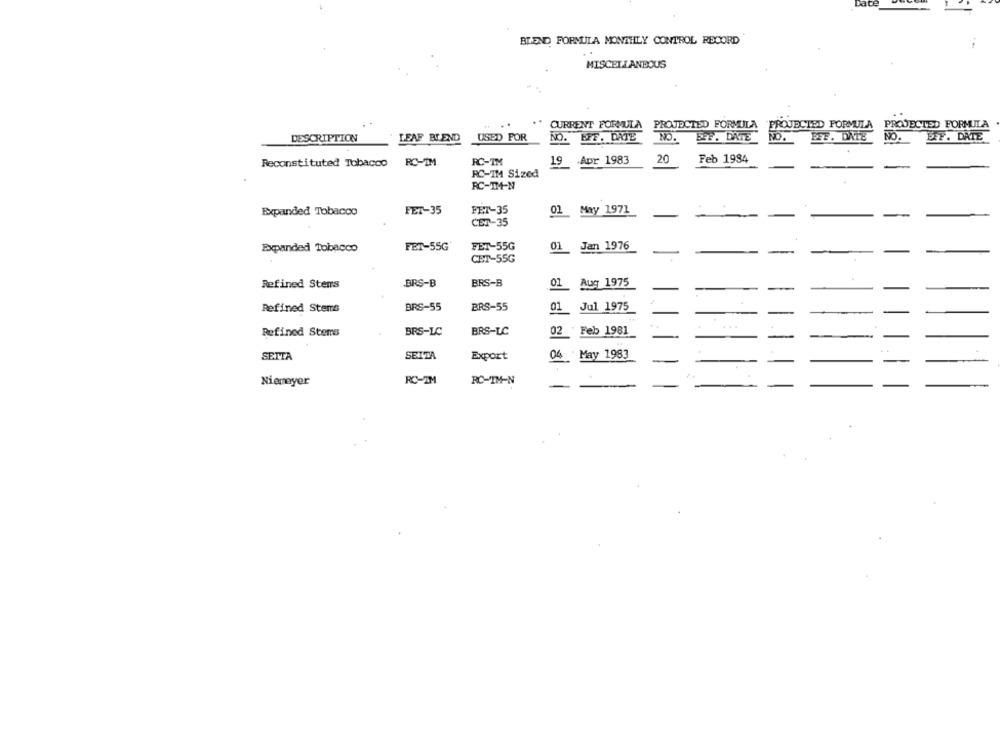
BLEND FORMULA MONTHLY CONTROL RECORD
MISCELLANEOUS
CURRENT FORMULA PROJECTED FORMULA PROJECTED FORMULA PROJECTED FORMULA
DESCRIPTION
LEAF BIEND
USED FOR
NO. EFF. DATE
NO.
SPF. DATE NO.
PFF. DATE NO.
ERF. DATEL
Reconstituted Tobacco
RC-IM
RC-TM
19 .Apr 1983
20
Feb 1984
RC-IM Sized
RC-TM-N
FET-35
FET-35
01 May 1971
Expanded Tobacco
CET-35
Expanded Tobacco
FET-55G
FET-55G
Jan 1976
01
CET-55G
Refined Stens
BRS-B
BRS-B
01 Aug 1975
Refined Stems
BRS-55
BRS-55
01 Jul 1975
Feb 1981
...
Refined Stems
BRS-LC
BRS-LC
02
SETTA
SEITA
Export
04 May 1983
Niemeyer
RC-IM
RO-IM-N
-